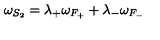
\omega _ { S _ { 2 } } = \lambda _ { + } \omega _ { F _ { + } } + \lambda _ { - } \omega _ { F _ { - } }